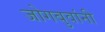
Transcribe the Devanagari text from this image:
जोगबुवांनी